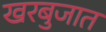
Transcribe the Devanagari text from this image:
खरबुजात